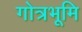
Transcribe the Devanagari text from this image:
गोत्रभूमि